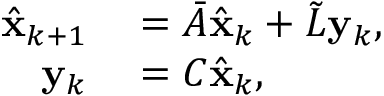
\begin{array} { r l } { \hat { \mathbf { x } } _ { k + 1 } } & { { } = \bar { A } \hat { \mathbf { x } } _ { k } + \tilde { L } \mathbf { y } _ { k } , } \\ { \mathbf { y } _ { k } } & { { } = C \hat { \mathbf { x } } _ { k } , } \end{array}